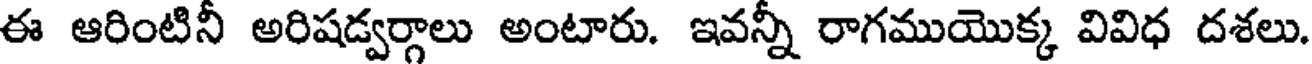
ఈ ఆరింటినీ అరిషడ్వర్గాలు అంటారు. ఇవన్నీ రాగముయొక్క వివిధ దశలు.